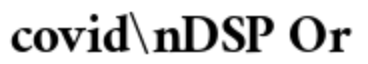
covid\nDSP Or